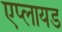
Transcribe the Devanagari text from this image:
एप्लायड